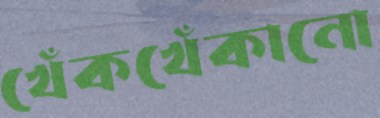
খেঁকখেঁকানো